Notes on the propagation and cultivation of the medicinal cinchonas, or Peruvian bark trees
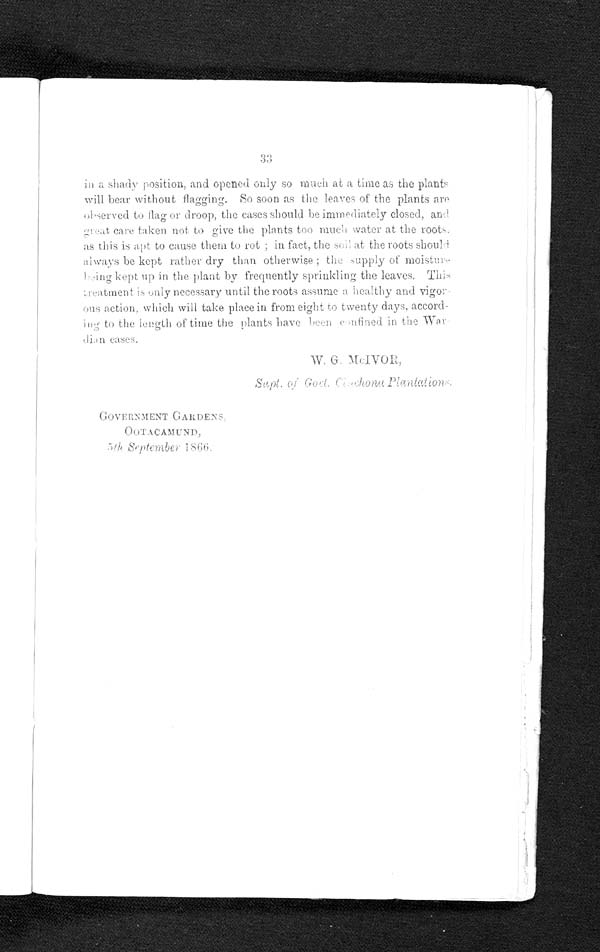
33
in a shady position, and opened only so much at a time as the plants
will bear without flagging. So soon as the leaves of the plants are
observed to flag or droop, the cases should be immediately closed, and
great care taken not to give the plants too much water at the roots,
as this is apt to cause them to rot; in fact, the soil at the roots should
always be kept rather dry than otherwise the supply of moisture
being kept up in the plant by frequently sprinkling the leaves. This
treatment is only necessary until the roots assume a healthy and vigor-
ous action, which will take place in from eight to twenty days, accord-
ing to the length of time the plants have been confined in the War-
dian cases.
W. G.
M C l V O R ,
Supt.of Gort Cinchona Plantations
GOVERNMENT GARDENS,
OOTACAMUND,
5th September 1866.